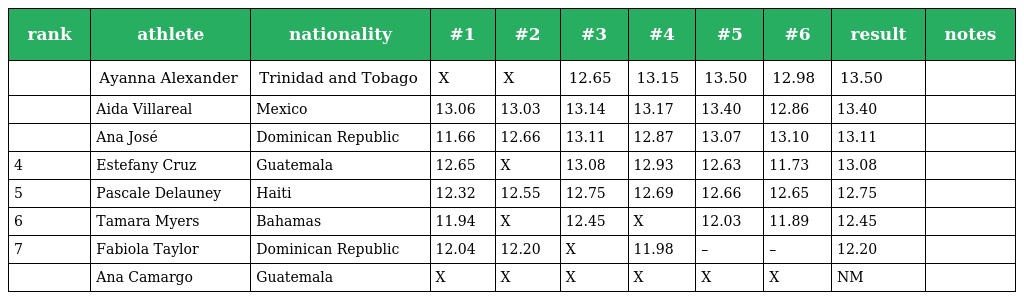
| rank | athlete | nationality | #1 | #2 | #3 | #4 | #5 | #6 | result | notes |
 | --- | --- | --- | --- | --- | --- | --- | --- | --- | --- | --- |
 |  | Ayanna Alexander | Trinidad and Tobago | X | X | 12.65 | 13.15 | 13.50 | 12.98 | 13.50 |  |
 |  | Aida Villareal | Mexico | 13.06 | 13.03 | 13.14 | 13.17 | 13.40 | 12.86 | 13.40 |  |
 |  | Ana José | Dominican Republic | 11.66 | 12.66 | 13.11 | 12.87 | 13.07 | 13.10 | 13.11 |  |
 | 4 | Estefany Cruz | Guatemala | 12.65 | X | 13.08 | 12.93 | 12.63 | 11.73 | 13.08 |  |
 | 5 | Pascale Delauney | Haiti | 12.32 | 12.55 | 12.75 | 12.69 | 12.66 | 12.65 | 12.75 |  |
 | 6 | Tamara Myers | Bahamas | 11.94 | X | 12.45 | X | 12.03 | 11.89 | 12.45 |  |
 | 7 | Fabiola Taylor | Dominican Republic | 12.04 | 12.20 | X | 11.98 | – | – | 12.20 |  |
 |  | Ana Camargo | Guatemala | X | X | X | X | X | X | NM |  |